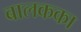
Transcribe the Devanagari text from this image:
बालकका